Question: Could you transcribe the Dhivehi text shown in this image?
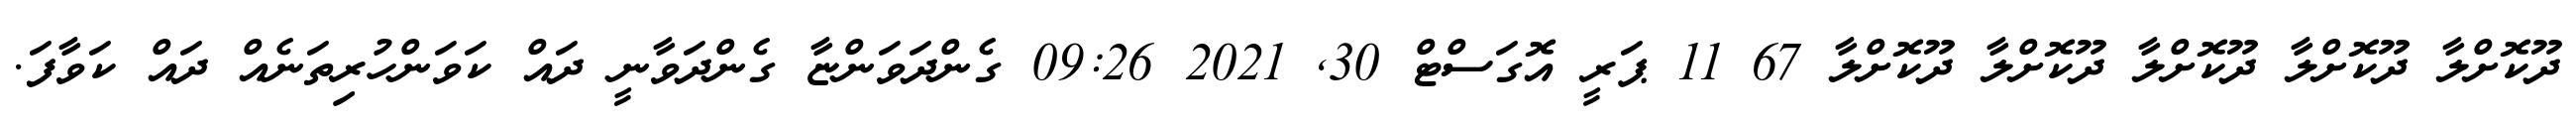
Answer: ދޫކޮށްލާ ދޫކޮށްލާ ދޫކޮށްލާ ދޫކޮށްލާ ދޫކޮށްލާ 67 11 ޕަރީ އޮގަސްޓް 30, 2021 09:26 ގެންދަވަންޏާ ގެންދަވާނީ ދައް ކަވަންހުރިތަނެއް ދައް ކަވާފަ.